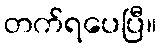
တက်ရပေပြီ။